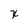
Character: x